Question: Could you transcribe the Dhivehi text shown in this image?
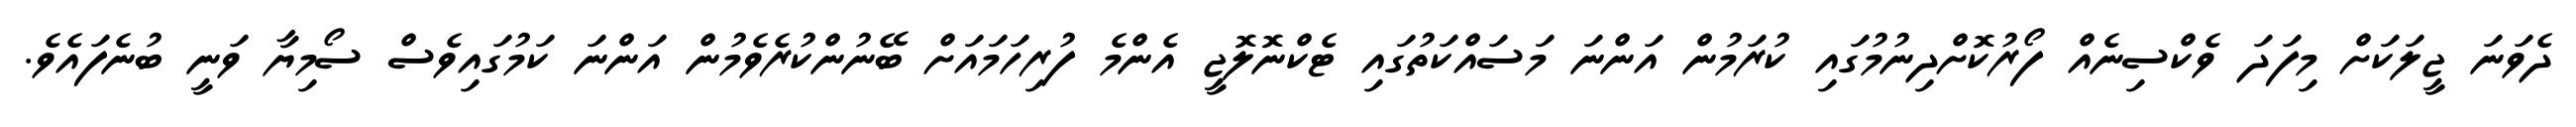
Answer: ދެވަނަ ޖީލަކަށް މިފަދަ ވެކްސިނެއް ފޯރުކޮށްދިނުމުގައި ކުރަމުން އަންނަ މަސައްކަތުގައި ޓެކްނޮލޮޖީ އެންމެ ފުރިހަމައަށް ބޭނުންކުރެވެމުން އަންނަ ކަމުގައިވެސް ސޯމިޔާ ވަނީ ބުނެފައެވެ.